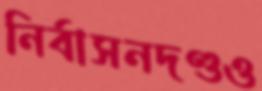
নির্বাসনদণ্ডও